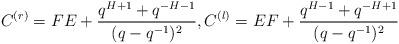
LaTeX: \begin{align*}C^{(r)}=FE+\frac{q^{H+1} + q^{-H-1}}{(q-q^{-1})^{2}}, C^{(l)}=EF+\frac{q^{H-1} + q^{-H+1}}{(q-q^{-1})^{2}}\end{align*}